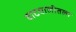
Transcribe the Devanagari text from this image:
वाटचालीतला